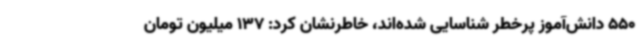
550 دانش‌آموز پرخطر شناسایی شده‌اند، خاطرنشان کرد: 137 میلیون تومان